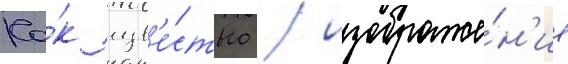
Ка́к изв'е́стно / изображе́н'ие